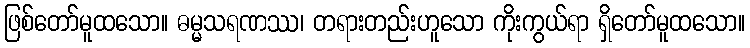
ဖြစ်တော်မူထသော။ ဓမ္မသရဏဿ၊ တရားတည်းဟူသော ကိုးကွယ်ရာ ရှိတော်မူထသော။